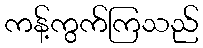
ကန့်ကွက်ကြသည်